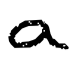
Text: a
Cross-out: clean
Writing tool: digital_black